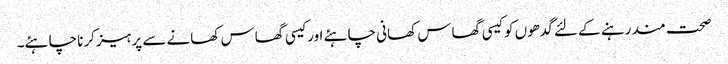
صحت مند رہنے کے لئے گدھوں کو کیسی گھاس کھانی چاہئے اور کیسی گھاس کھانے سے پرہیز کرنا چاہئے۔